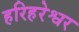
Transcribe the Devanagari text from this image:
हरिहरेश्वर